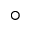
^ \circ